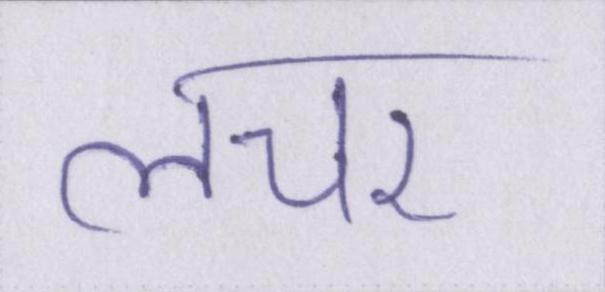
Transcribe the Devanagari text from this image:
लचर